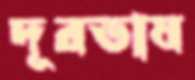
দূরভাষ